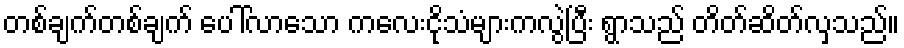
တစ်ချက်တစ်ချက် ပေါ်လာသော ကလေးငိုသံများကလွဲပြီး ရွာသည် တိတ်ဆိတ်လှသည်။